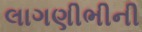
લાગણીભીની